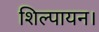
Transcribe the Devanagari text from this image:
शिल्पायन।